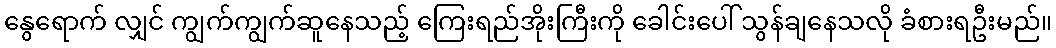
နွေရောက် လျှင် ကျွက်ကျွက်ဆူနေသည့် ကြေးရည်အိုးကြီးကို ခေါင်းပေါ် သွန်ချနေသလို ခံစားရဦးမည်။